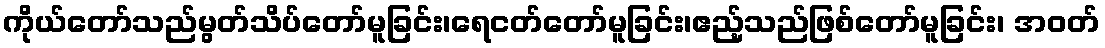
ကိုယ်တော်သည်မွတ်သိပ်တော်မူခြင်း၊ရေငတ်တော်မူခြင်း၊ဧည့်သည်ဖြစ်တော်မူခြင်း၊ အဝတ်